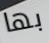
بها